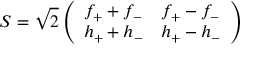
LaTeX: S = \sqrt { 2 } \left( \begin{array} { l l } { { f _ { + } + f _ { - } } } & { { f _ { + } - f _ { - } } } \\ { { h _ { + } + h _ { - } } } & { { h _ { + } - h _ { - } } } \end{array} \right)